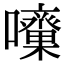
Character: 𡅓